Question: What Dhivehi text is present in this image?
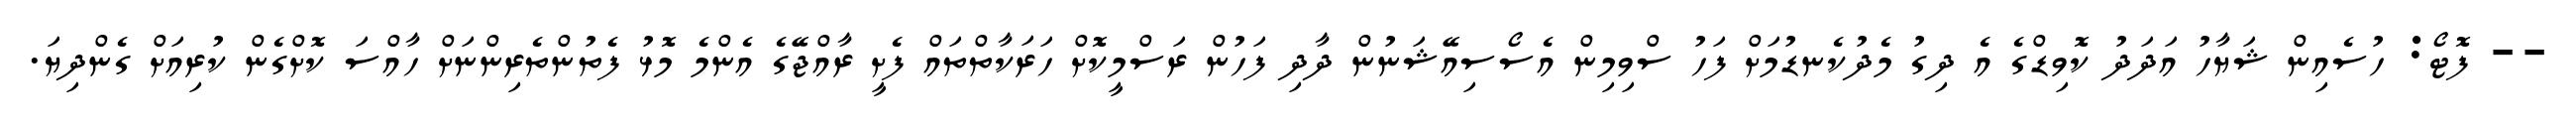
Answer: -- ފޮޓޯ: ހުސެއިން ޝަޔާހު އަދަދު ކޮވިޑްގެ އެ ދިގު މެދުކެނޑުމަށް ފަހު ސްވިމިން އެސޯސިއޭޝަނުން ދާދި ފަހުން ރަސްމީކޮށް ހަރަކާތްތައް ފެށީ ރާއްޖޭގެ އެންމެ މޮޅު ފެތުންތެރިންނަށް ހާއްސަ ކޮށްގެން ކުރިއަށް ގެންދިޔަ.